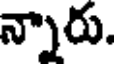
న్నారు.